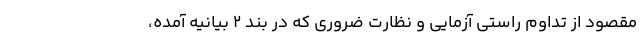
مقصود از تداوم راستی آزمایی و نظارت ضروری که در بند ۲ بیانیه آمده،